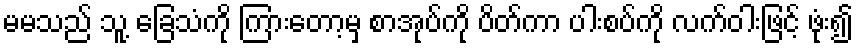
မမသည် သူ့ ခြေသံကို ကြားတော့မှ စာအုပ်ကို ပိတ်ကာ ပါးစပ်ကို လက်ဝါးဖြင့် ဖုံး၍